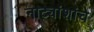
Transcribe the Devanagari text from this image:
नाट्यांशांचे